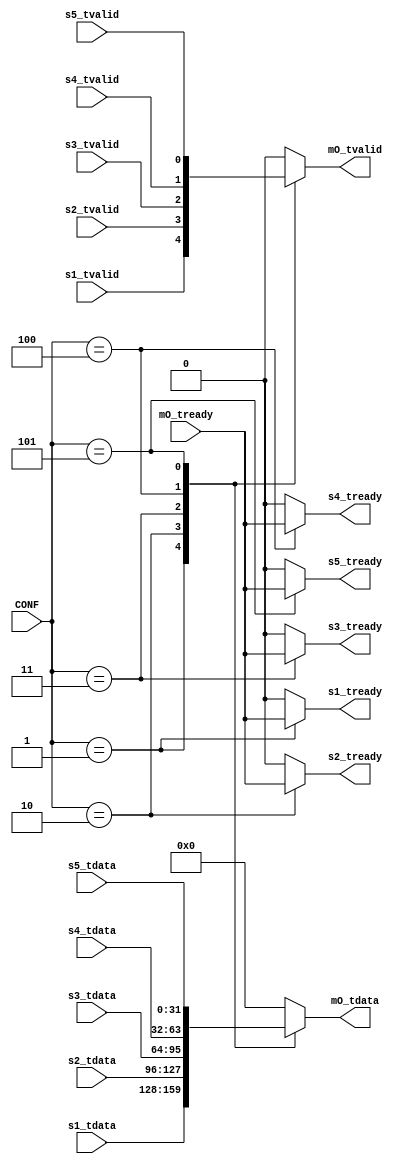
module sfa_5to1_mux
(
  output  reg              s1_tready  ,
  input   wire             s1_tvalid  ,
  input   wire  [31 : 0]   s1_tdata   ,
  output  reg              s2_tready  ,
  input   wire             s2_tvalid  ,
  input   wire  [31 : 0]   s2_tdata   ,
  output  reg              s3_tready  ,
  input   wire             s3_tvalid  ,
  input   wire  [31 : 0]   s3_tdata   ,
  output  reg              s4_tready  ,
  input   wire             s4_tvalid  ,
  input   wire  [31 : 0]   s4_tdata   ,
  output  reg              s5_tready  ,
  input   wire             s5_tvalid  ,
  input   wire  [31 : 0]   s5_tdata   ,
  input   wire             mO_tready ,
  output  reg              mO_tvalid ,
  output  reg   [31 : 0]   mO_tdata  ,
  input   wire  [ 3 : 0]   CONF
);
always @(*)
begin
  case (CONF)
    4'd0: begin
      mO_tvalid =  1'b0     ;
      mO_tdata  = 32'd0     ;
      s1_tready =  1'b0     ;
      s2_tready =  1'b0     ;
      s3_tready =  1'b0     ;
      s4_tready =  1'b0     ;
      s5_tready =  1'b0     ;
    end
    4'd1: begin
      mO_tvalid = s1_tvalid ;
      mO_tdata  = s1_tdata  ;
      s1_tready = mO_tready ;
      s2_tready = 1'b0      ;
      s3_tready = 1'b0      ;
      s4_tready = 1'b0      ;
      s5_tready = 1'b0      ;
    end
    4'd2: begin
      mO_tvalid = s2_tvalid ;
      mO_tdata  = s2_tdata  ;
      s1_tready = 1'b0      ;
      s2_tready = mO_tready ;
      s3_tready = 1'b0      ;
      s4_tready = 1'b0      ;
      s5_tready = 1'b0      ;
    end
    4'd3: begin
      mO_tvalid = s3_tvalid ;
      mO_tdata  = s3_tdata  ;
      s1_tready = 1'b0      ;
      s2_tready = 1'b0      ;
      s3_tready = mO_tready ;
      s4_tready = 1'b0      ;
      s5_tready = 1'b0      ;
    end
    4'd4: begin
      mO_tvalid = s4_tvalid ;
      mO_tdata  = s4_tdata  ;
      s1_tready = 1'b0      ;
      s2_tready = 1'b0      ;
      s3_tready = 1'b0      ;
      s4_tready = mO_tready ;
      s5_tready = 1'b0      ;
    end
    4'd5: begin
      mO_tvalid = s5_tvalid ;
      mO_tdata  = s5_tdata  ;
      s1_tready = 1'b0      ;
      s2_tready = 1'b0      ;
      s3_tready = 1'b0      ;
      s4_tready = 1'b0      ;
      s5_tready = mO_tready ;
    end
    default: begin
      mO_tvalid =  1'b0     ;
      mO_tdata  = 32'd0     ;
      s1_tready =  1'b0     ;
      s2_tready =  1'b0     ;
      s3_tready =  1'b0     ;
      s4_tready =  1'b0     ;
      s5_tready =  1'b0     ;
    end
  endcase
end
endmodule